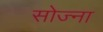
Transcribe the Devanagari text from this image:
सोज्ना